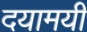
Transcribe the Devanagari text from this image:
दयामयी